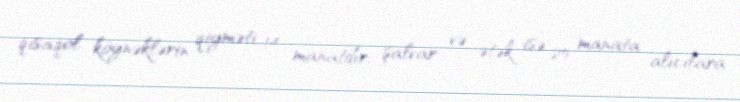
qısaqol köynəklərin qiyməti 14 manatdır, şalvar və ətək isə 25 manata alıcılara